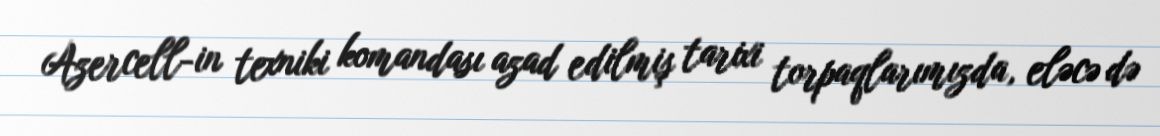
Azercell-in texniki komandası azad edilmiş tarixi torpaqlarımızda, eləcə də